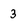
Character: 3